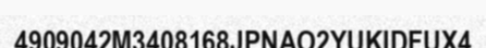
4909042M3408168JPNAO2YUKIDFUX4